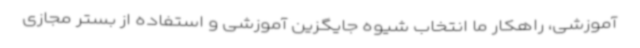
آموزشی، راهکار ما انتخاب شیوه جایگزین آموزشی و استفاده از بستر مجازی